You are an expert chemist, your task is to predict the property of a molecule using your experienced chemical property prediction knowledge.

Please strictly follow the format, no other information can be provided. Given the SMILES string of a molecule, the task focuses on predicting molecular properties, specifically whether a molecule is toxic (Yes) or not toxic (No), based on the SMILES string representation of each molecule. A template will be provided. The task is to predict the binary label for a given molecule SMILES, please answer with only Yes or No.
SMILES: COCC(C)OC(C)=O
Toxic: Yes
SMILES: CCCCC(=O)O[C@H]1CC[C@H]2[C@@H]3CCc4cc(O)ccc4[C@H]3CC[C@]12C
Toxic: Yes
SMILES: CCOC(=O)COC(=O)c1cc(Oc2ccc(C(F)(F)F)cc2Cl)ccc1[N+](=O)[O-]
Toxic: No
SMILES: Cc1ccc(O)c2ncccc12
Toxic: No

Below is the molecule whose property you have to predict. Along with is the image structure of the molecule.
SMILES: O=[N+]([O-])c1ccc2c3c(cccc13)CC2
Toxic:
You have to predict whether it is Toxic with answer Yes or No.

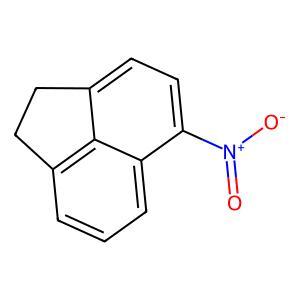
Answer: No